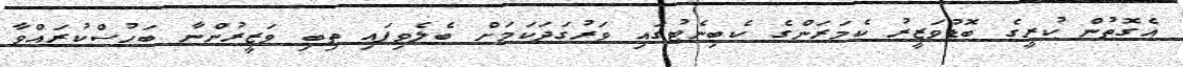
އެގޮތުން ކުރީގެ ބޮޑުވަޒީރު ކެމަރަންގެ ކެބިނެޓުގައި ވަރުގަދަކަމަށް ބެލެވިފައި ތިބި ވަޒީރުންނާ ބަހުސްކުރައްވާ